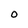
Character: O